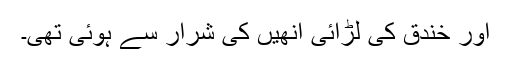
اور خندق کی لڑائی انھیں کی شرار سے ہوئی تھی۔